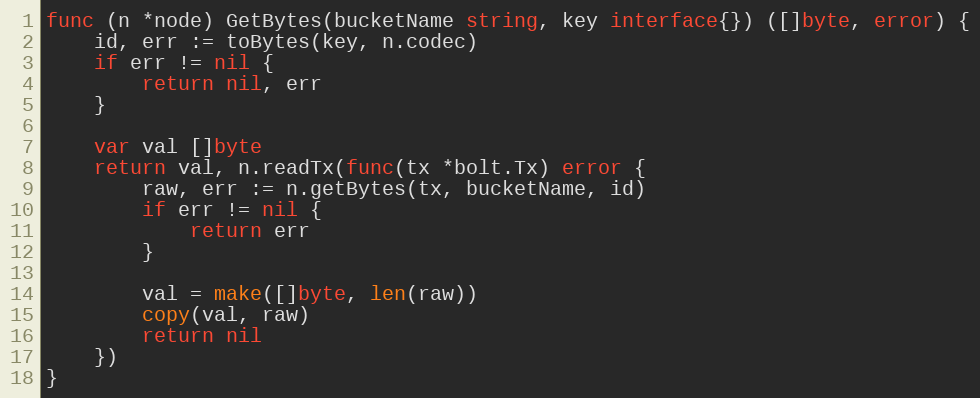
Language: Go
func (n *node) GetBytes(bucketName string, key interface{}) ([]byte, error) {
	id, err := toBytes(key, n.codec)
	if err != nil {
		return nil, err
	}

	var val []byte
	return val, n.readTx(func(tx *bolt.Tx) error {
		raw, err := n.getBytes(tx, bucketName, id)
		if err != nil {
			return err
		}

		val = make([]byte, len(raw))
		copy(val, raw)
		return nil
	})
}